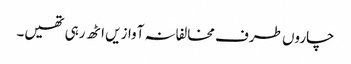
چاروں طرف مخالفانہ آوازیں اٹھ رہی تھیں۔